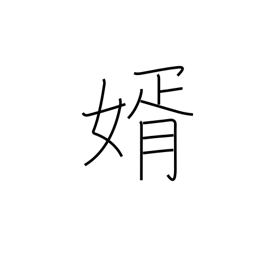
Meaning: bridegroom